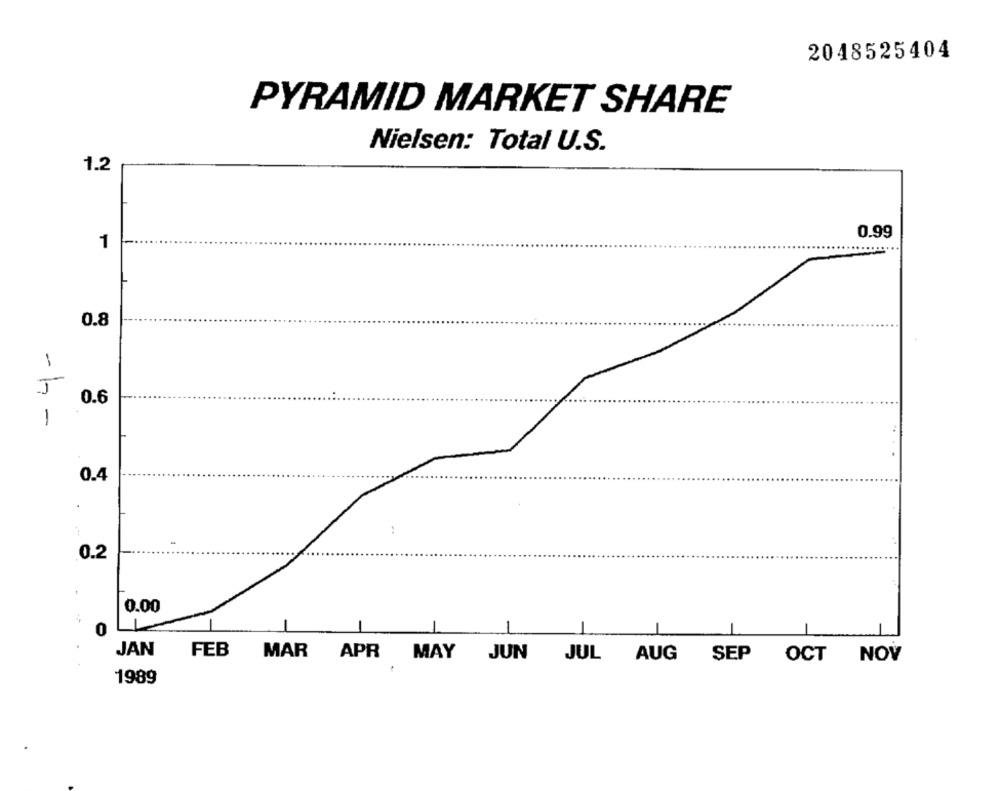
2048525404
PYRAMID MARKET SHARE
Nielsen: Total U.S.
1.2
0.99
1
0.8
-
0.6
1
0.4
.
:
0.2
0.00
0
-
JAN
FEB
MAR APR MAY JUN JUL AUG SEP OCT NOV
1989